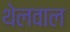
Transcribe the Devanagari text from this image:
थेलवाल